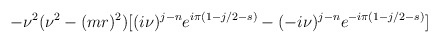
\begin{align*}-\nu^2(\nu^2-(mr)^2)[(i\nu)^{j-n}e^{i\pi (1-j/2-s)}-(-i\nu)^{j-n}e^{-i\pi (1-j/2-s)}]\end{align*}